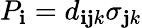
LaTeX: P_{\mathbf{i}}=d_{\mathbf{i}\mathbf{j}k}\sigma_{\mathbf{j}k}